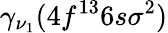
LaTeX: \gamma_{\nu_{1}}(4f^{13}6s\sigma^{2})